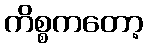
ကိစ္စကတော့